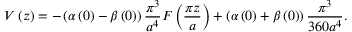
V \left( z \right) = - \left( \alpha \left( 0 \right) - \beta \left( 0 \right) \right) \frac { \pi ^ { 3 } } { a ^ { 4 } } F \left( \frac { \pi z } { a } \right) + \left( \alpha \left( 0 \right) + \beta \left( 0 \right) \right) \frac { \pi ^ { 3 } } { 3 6 0 a ^ { 4 } } .